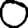
Digit: 0